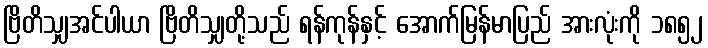
ဗြိတိသျှအင်ပါယာ ဗြိတိသျှတို့သည် ရန်ကုန်နှင့် အောက်မြန်မာပြည် အားလုံးကို ၁၈၅၂